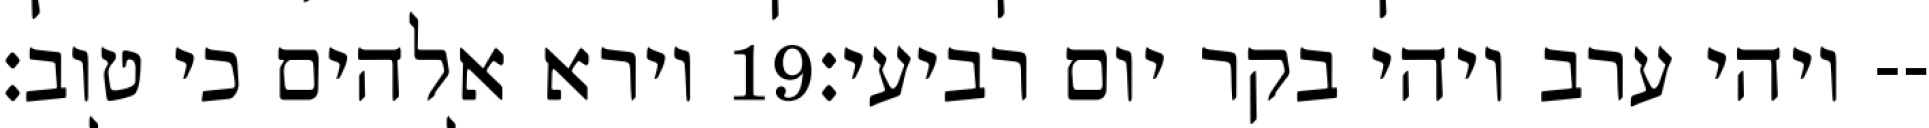
וירא אלהים כי טוב׃ ‎19‏ ויהי ערב ויהי בקר יום רביעי׃--